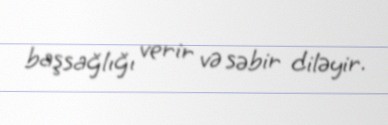
başsağlığı verir və səbir diləyir.